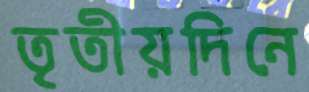
তৃতীয়দিনে